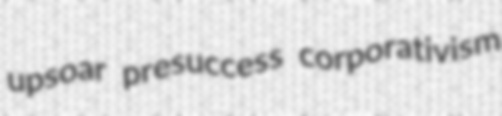
upsoar presuccess corporativism